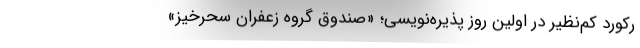
رکورد کم‌نظیر در اولین روز پذیره‌نویسی؛ «صندوق گروه زعفران سحرخیز»